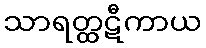
သာရတ္ထဋီကာယ